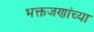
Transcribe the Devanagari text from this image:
भक्तजणांच्या